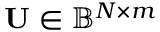
\mathbf { U } \in \mathbb { B } ^ { N \times m }